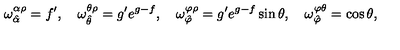
\omega _ { \hat { \alpha } } ^ { \alpha \rho } = f ^ { \prime } , \quad \omega _ { \hat { \theta } } ^ { \theta \rho } = g ^ { \prime } e ^ { g - f } , \quad \omega _ { \hat { \varphi } } ^ { \varphi \rho } = g ^ { \prime } e ^ { g - f } \sin \theta , \quad \omega _ { \hat { \varphi } } ^ { \varphi \theta } = \cos \theta ,